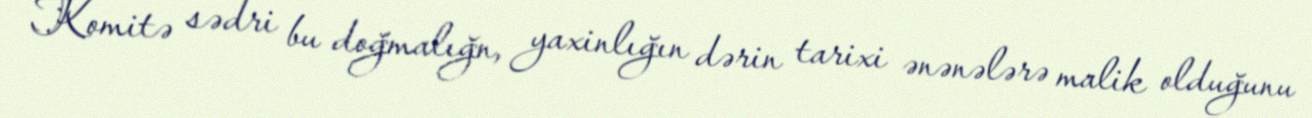
Komitə sədri bu doğmalığn, yaxinlığın dərin tarixi ənənələrə malik olduğunu